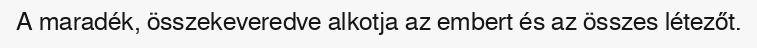
A maradék, összekeveredve alkotja az embert és az összes létezőt.